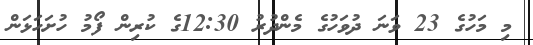
މި މަހުގެ 23 ވަނަ ދުވަހުގެ މެންދުރު 12:30ގެ ކުރިން ފޯމު ހުށަހަޅަން